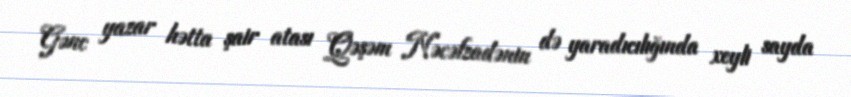
Gənc yazar hətta şair atası Qəşəm Nəcəfzadənin də yaradıcılığında xeyli sayda